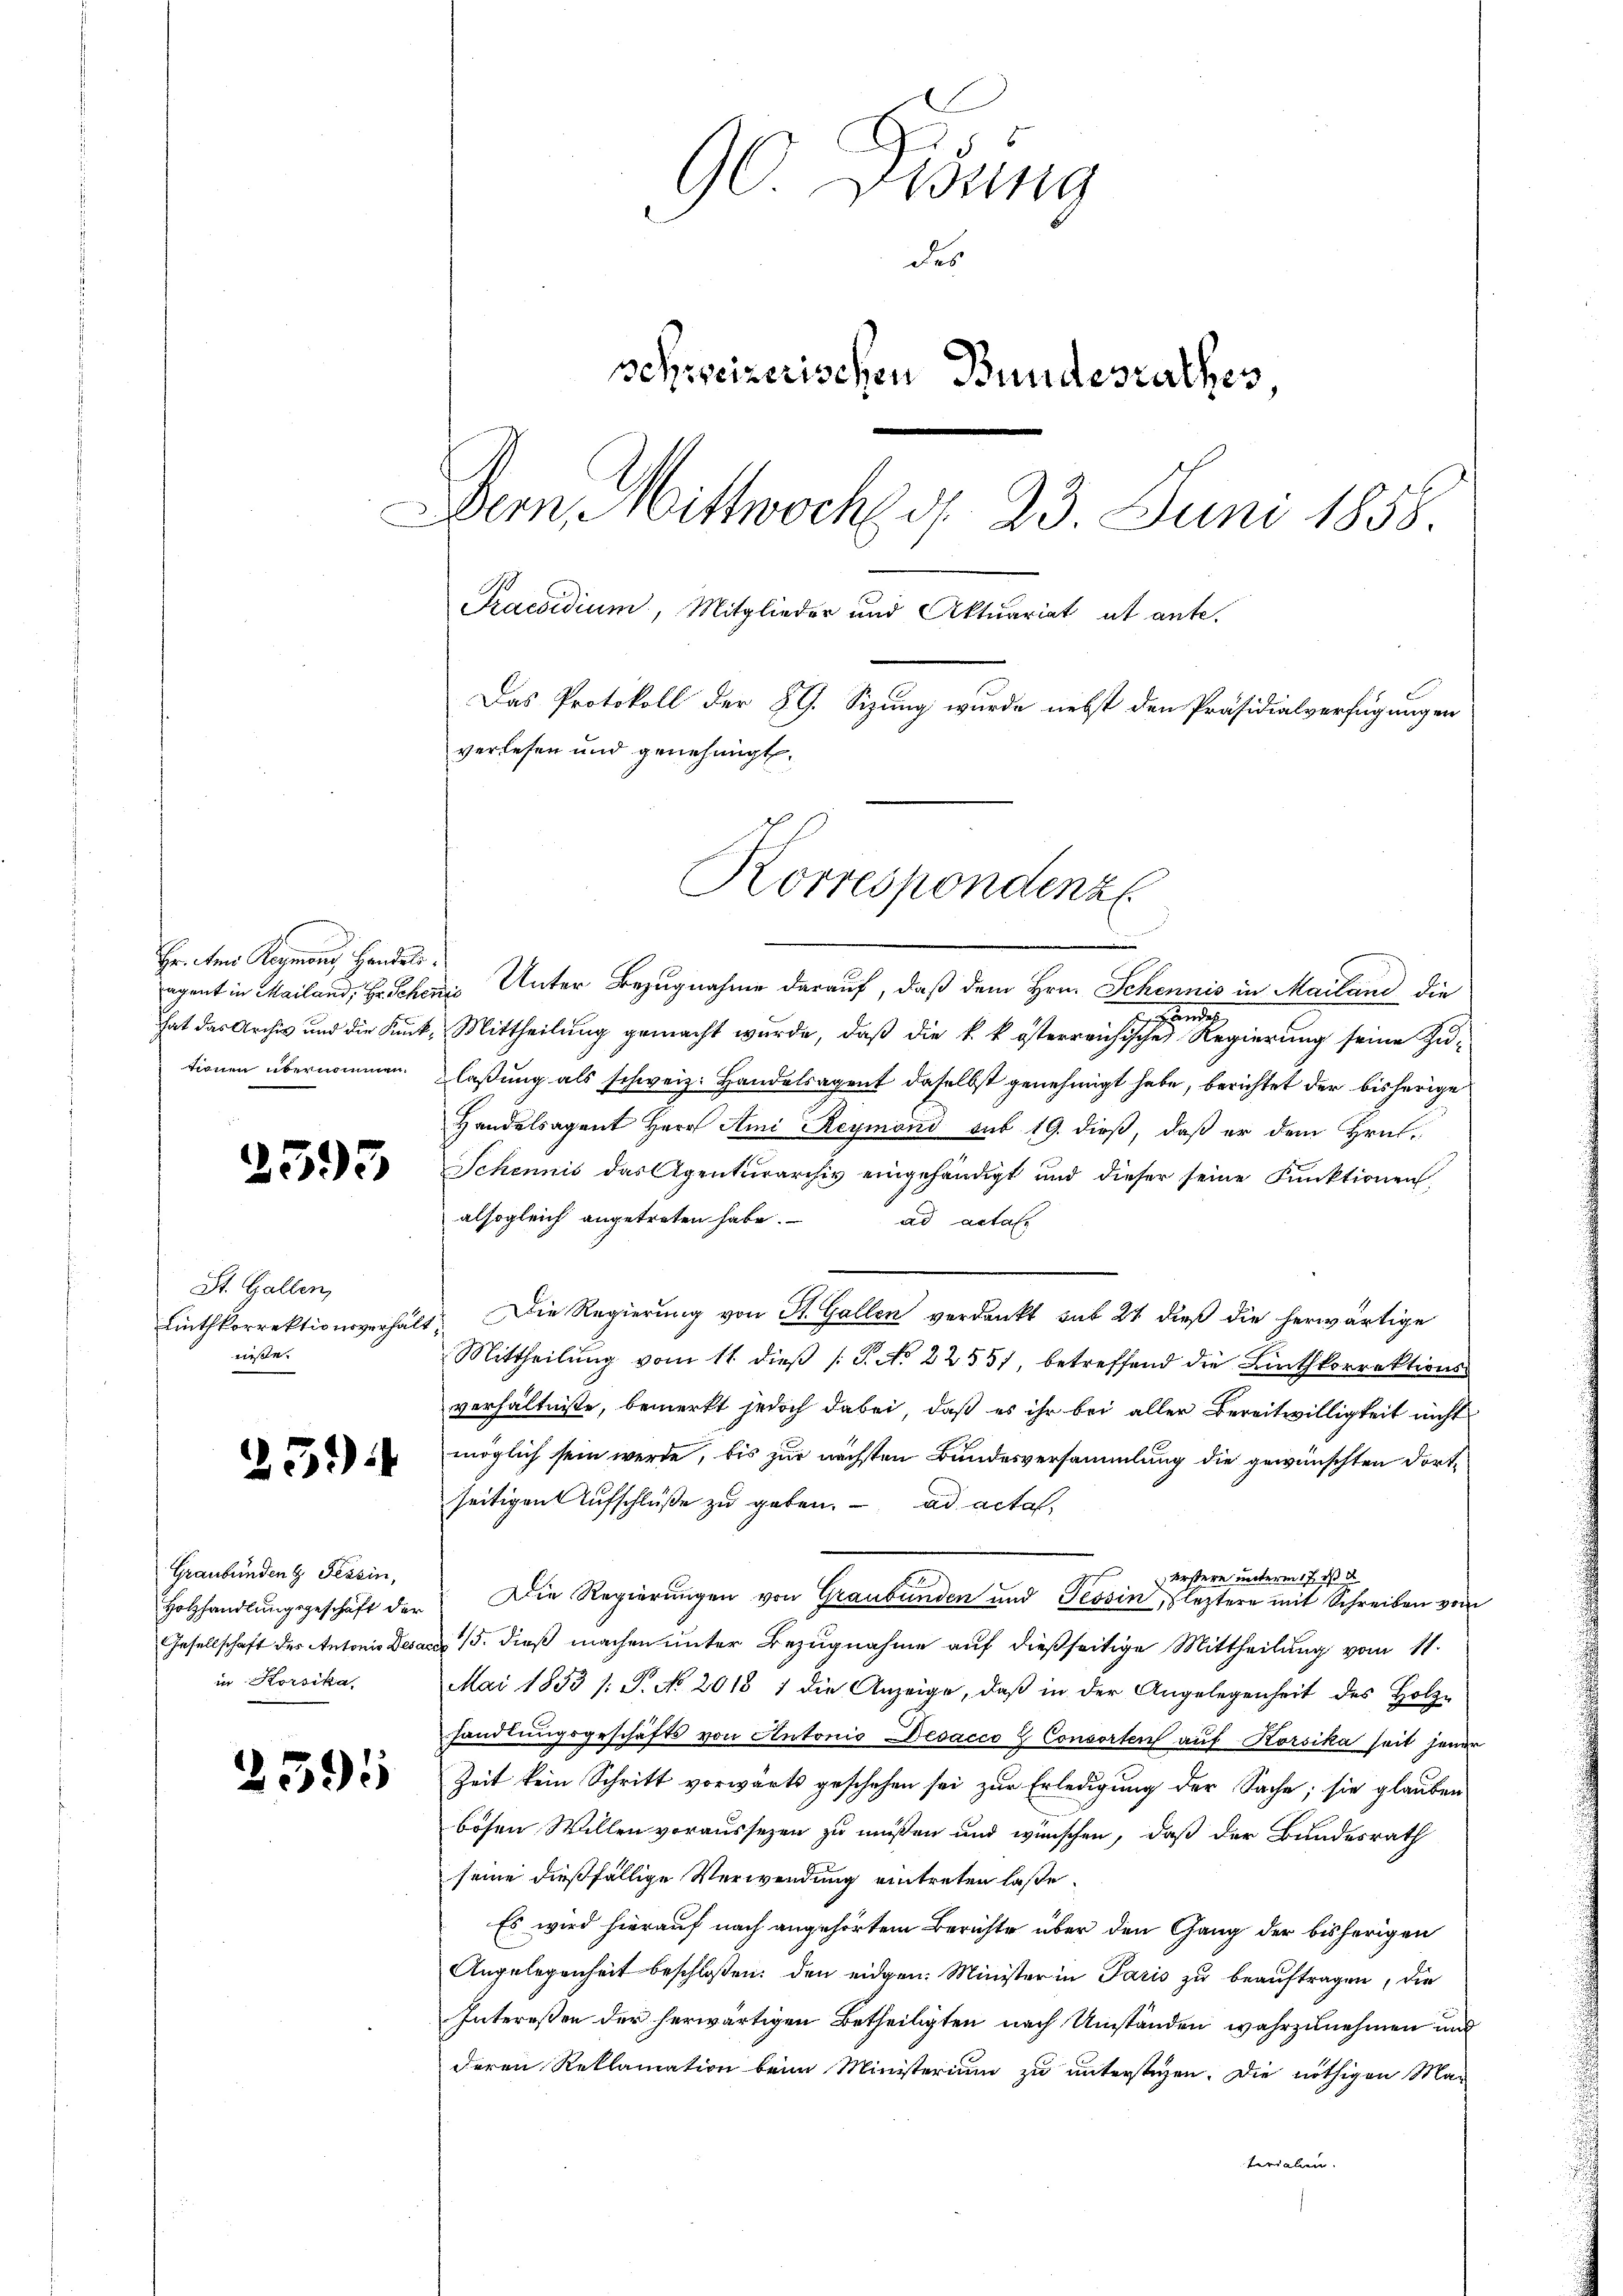
2393

St. Gallen,
nisse.

25.)

Graubünden Tessin,
in Korsika

2595

5
0 Okung
des
schreizerischen Bundesrathes,
Dem Mittwoch d. 23. Juni 1858
Praesidium, Mitglieder und Aktuariat ab ante.
Das Protokoll der 89. Sizung wurde nebst den Präsidialverfügungen
verlesen und genehmigt.
Korrespondenz

egent in Mailand, Hr. Schen Unter Bezugnahme darauf, daß dem Hrn. Schennis in Mailand die
ede
hat das Archiv und die Kuck, Mittheilung gemacht wurde, daß die k. k. österreichische Regierung seine Zutionen übernommen. laßung als schweiz. Handelsagent daselbst genehmigt habe, berichtet der bisherige
Handelsagent Herr Ami Reymond sub 19. dieß, daß er dem Hral¬
Schennis das Agenturarchiv eingehändigt und dieser seine Funktionen,
alsogleich angetreten habe.
ad acta.
Linthkorrektionsverhalt. Die Regierŭng von St. Gallen verdankt sub 24 dieß die herwärtige
Mittheilung vom 11. dieß P. No 2255), betreffend die Linthkorrektionsverhältnisse, bemerkt jedoch dabei, daß es ihr bei aller Bereitwilligkeit nicht
möglich sein werde, bis zur nächsten Bundesversammlung die gewünschten dortseitigen Aufschlüße zu geben. ad acta,
erstere unterm 17. ds d
Holzhandlŭngsgeschäft der Die Regierŭngen von Graubünden und Tessin, leztere mit Schreiben von
Gesellschaft des Antonis Desars 15. dieß machen unter Bezugnahme auf dießseitige Mittheilung vom 11.
Mai 1853 /: P. No. 2018 1 die Anzeige, daβ in der Angelegenheit des Holz-
handlungsgeschäfts von Antonis Decacco & Consorten auf Korsika seit jener
Zeit kein Schritt vorwärts geschehen sei zur Erledigung der Sache; sie glauben
bosen Willen voraussezen zu müssen und wünschen, daß der Bundesrath
seine dießfällige Verwendung eintreten laße.
Es wird hierauf nach angehörtem Berichte über den Gang der bisherigen
Angelegenheit beschloßen: den eidgen. Minister in Paris zu beauftragen, die
Interessen der herwärtigen Betheiligten nach Umständen wahrzunehmen und
deren Reklamation beim Ministerium zu unterstehen. Die nöthigen Ma-
terialen.

Hr. Ami Reymond, Handels.